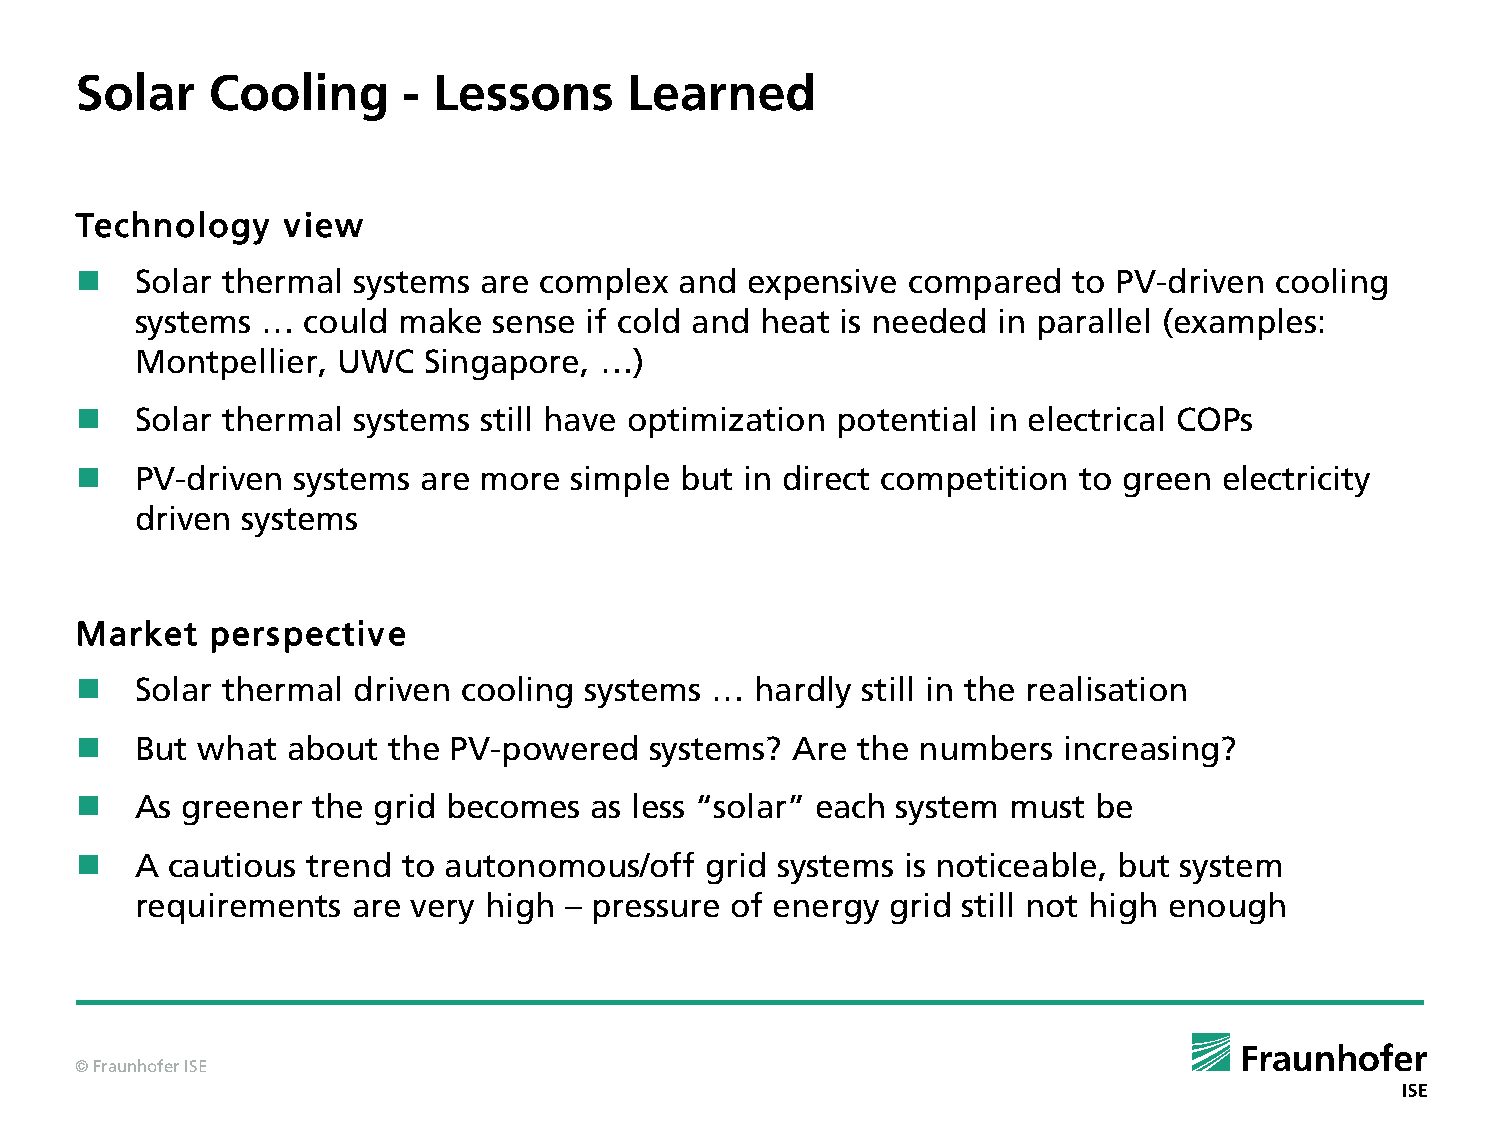
Solar    Cooling      - Lessons      Learned
 Technology    view
    Solar thermal systems  are complex  and expensive  compared   to PV-driven cooling
 systems …  could make   sense if cold and heat is needed in parallel (examples:
 Montpellier, UWC   Singapore,  …)
    Solar thermal systems  still have optimization potential in electrical COPs
    PV-driven systems  are more  simple but in direct competition to green  electricity
 driven systems
 Market   perspective
    Solar thermal driven  cooling systems …  hardly still in the realisation
    But what  about  the PV-powered   systems? Are  the numbers  increasing?
    As greener  the grid becomes  as less “solar” each system must  be
    A cautious trend  to autonomous/off   grid systems is noticeable, but system
 requirements  are very high – pressure of energy  grid still not high enough
 © Fraunhofer ISE